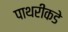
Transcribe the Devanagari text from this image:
पाथरीकडे